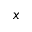
x